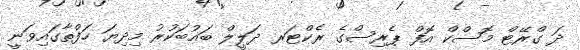
ދަ ގްރޭޓް މޮސްކް އޮފް ޕެރިސްގެ ރެކްޓަރ ދަލީލް ބައުބަކުރު މިދިޔަ ހަފްތާގައިވަނީ